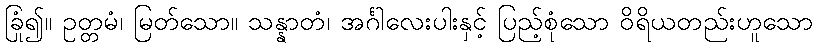
ခြုံ၍။ ဥတ္တမံ၊ မြတ်သော။ သန္နာတံ၊ အင်္ဂါလေးပါးနှင့် ပြည့်စုံသော ဝိရိယတည်းဟူသော